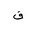
Letter: _qaf